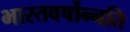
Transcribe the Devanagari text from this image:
भारतवर्षोन्नति